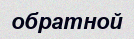
обратной